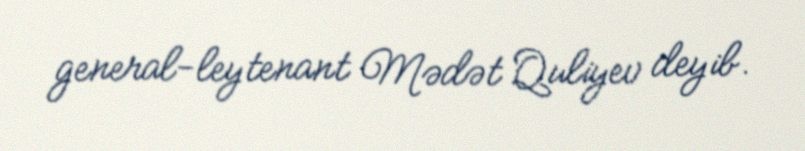
general-leytenant Mədət Quliyev deyib.